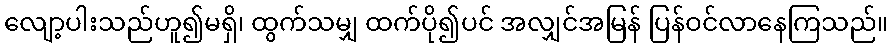
လျော့ပါးသည်ဟူ၍မရှိ၊ ထွက်သမျှ ထက်ပို၍ပင် အလျှင်အမြန် ပြန်ဝင်လာနေကြသည်။